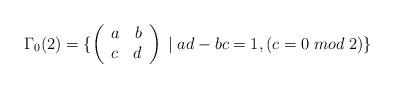
LaTeX: \begin{align*}\Gamma_0(2)=\{ \left( \begin{array}{lr}a & b \\ c & d\end{array}\right)\; |\; ad-bc=1, \left( c=0\; mod\; 2 \right)\} \end{align*}